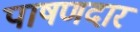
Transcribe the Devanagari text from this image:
पाषणदार